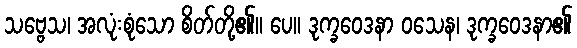
သဗ္ဗေသ၊ အလုံးစုံသော စိတ်တို့၏။ ပေ။ ဒုက္ခဝေဒနာ ဝသေန၊ ဒုက္ခဝေဒနာ၏